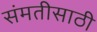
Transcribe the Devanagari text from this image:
संमतीसाठी